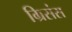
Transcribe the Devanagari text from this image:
ग्रिसंस